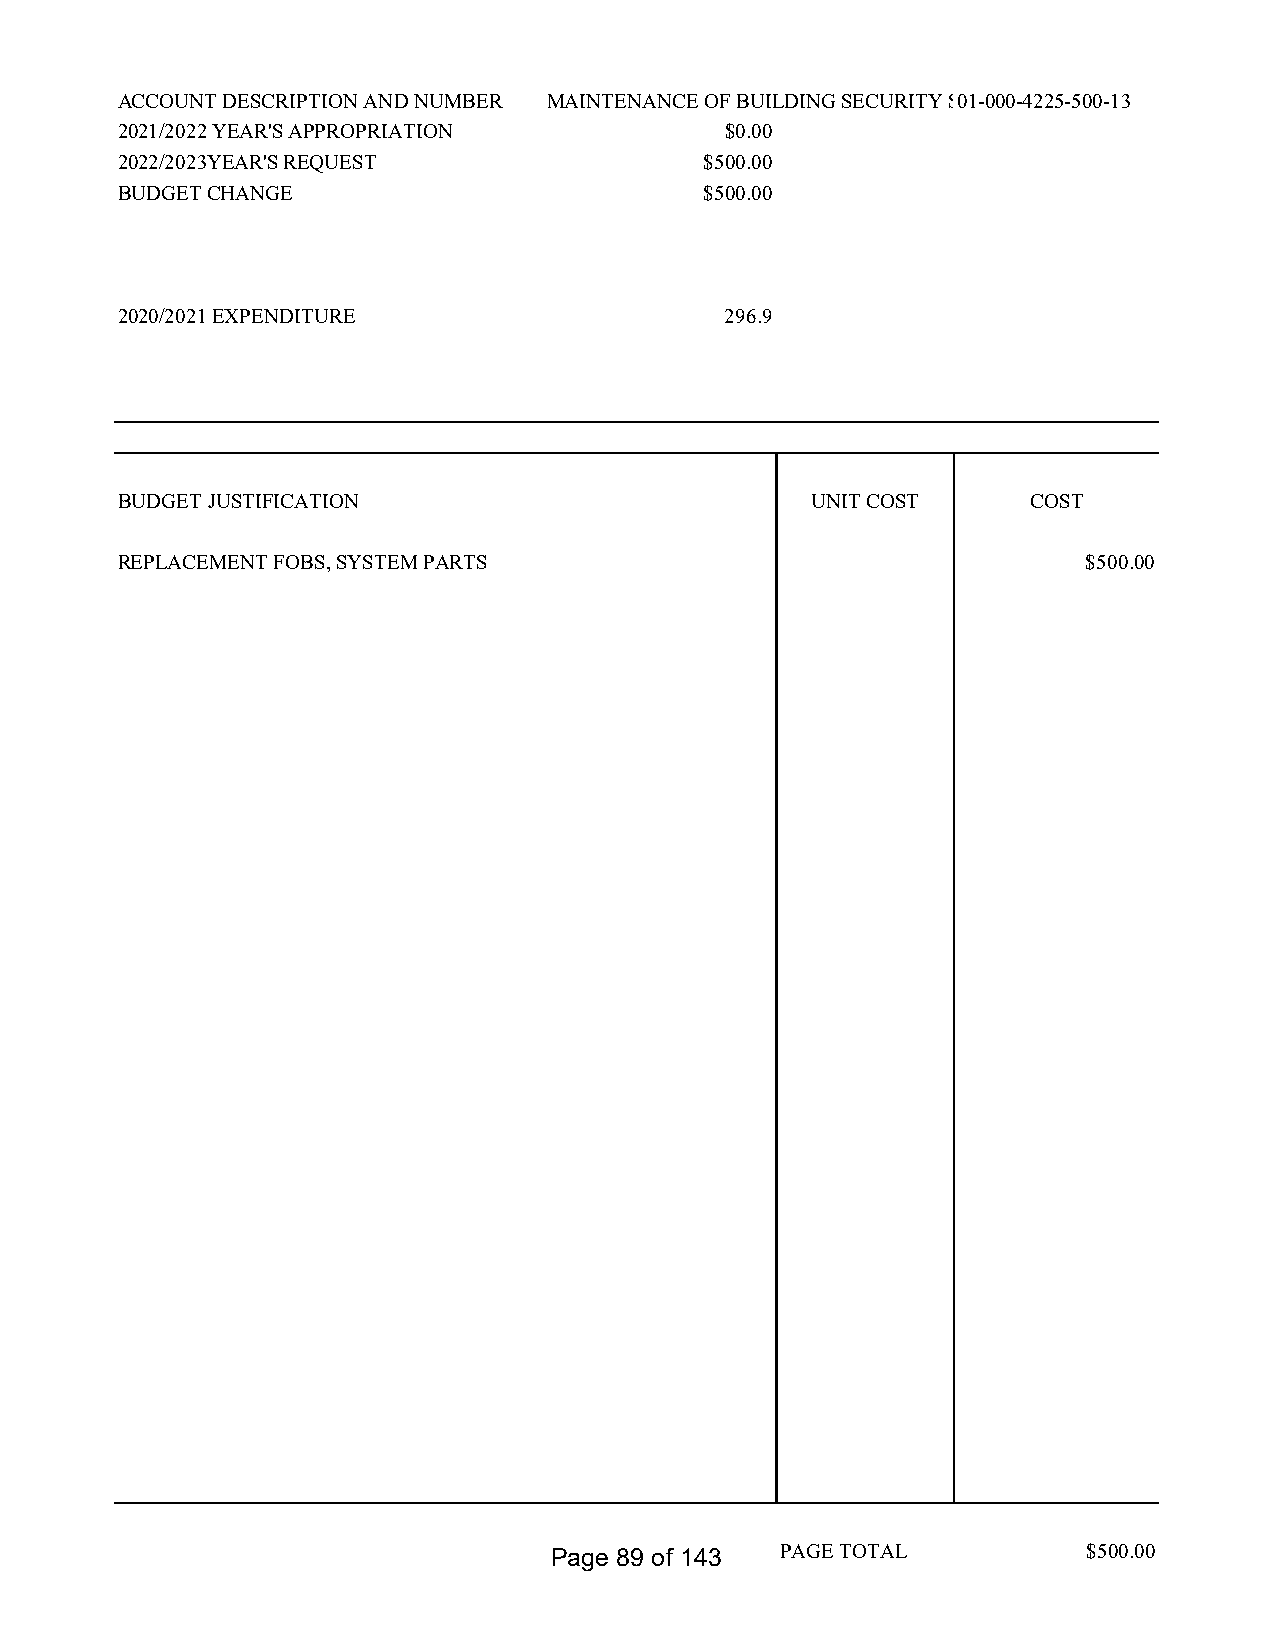
ACCOUNT DESCRIPTION AND NUMBER MAINTENANCE OF BUILDING SECURITY S0Y1S-0T0E0M-4 2S2U5P-5P0L0I-E1S3
 2021/2022 YEAR'S APPROPRIATION          $0.00
 2022/2023YEAR'S REQUEST                $500.00
 BUDGET CHANGE                          $500.00
 2020/2021 EXPENDITURE                   296.9
 BUDGET JUSTIFICATION                          UNIT COST     COST
 REPLACEMENT FOBS, SYSTEM PARTS                                  $500.00
 Page 89 of 143  PAGE TOTAL          $500.00